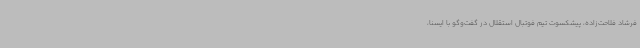
فرشاد فلاحت‌زاده، پیشکسوت تیم فوتبال استقلال در گفت‌وگو با ایسنا،